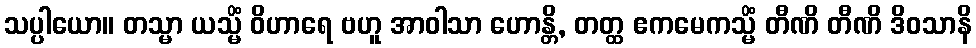
သပ္ပါယော။ တသ္မာ ယသ္မိံ ဝိဟာရေ ဗဟူ အာဝါသာ ဟောန္တိ, တတ္ထ ဧကမေကသ္မိံ တီဏိ တီဏိ ဒိဝသာနိ